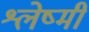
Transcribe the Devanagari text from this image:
श्लेष्मी